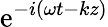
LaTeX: \mathrm{e}^{-i(\omega t-kz)}